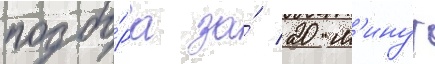
подбо́ра за́ 20 м'инут